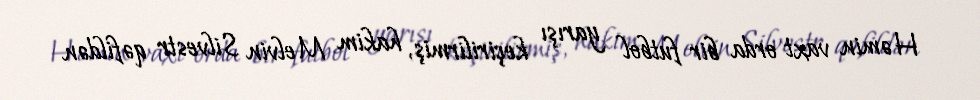
Həmin vaxt orda bir futbol yarışı keçirilirmiş, hakim Melvin Silvestr qəfildən